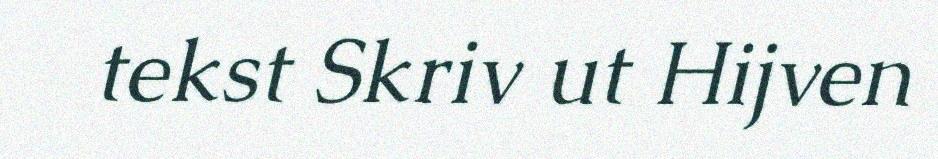
tekst Skriv ut Hijven